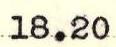
18.20